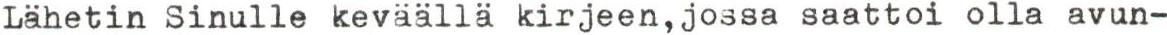
Lähetin Sinulle keväällä kirjeen,jossa saattoi olla avun-